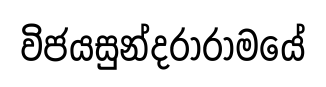
විජයසුන්දරාරාමයේ